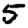
Digit: 5